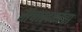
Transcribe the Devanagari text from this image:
संचालकांचा